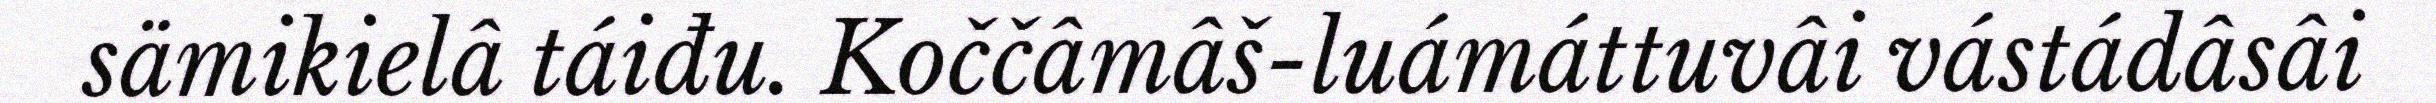
sämikielâ táiđu. Koččâmâš-luámáttuvâi vástádâsâi